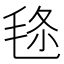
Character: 𣭬